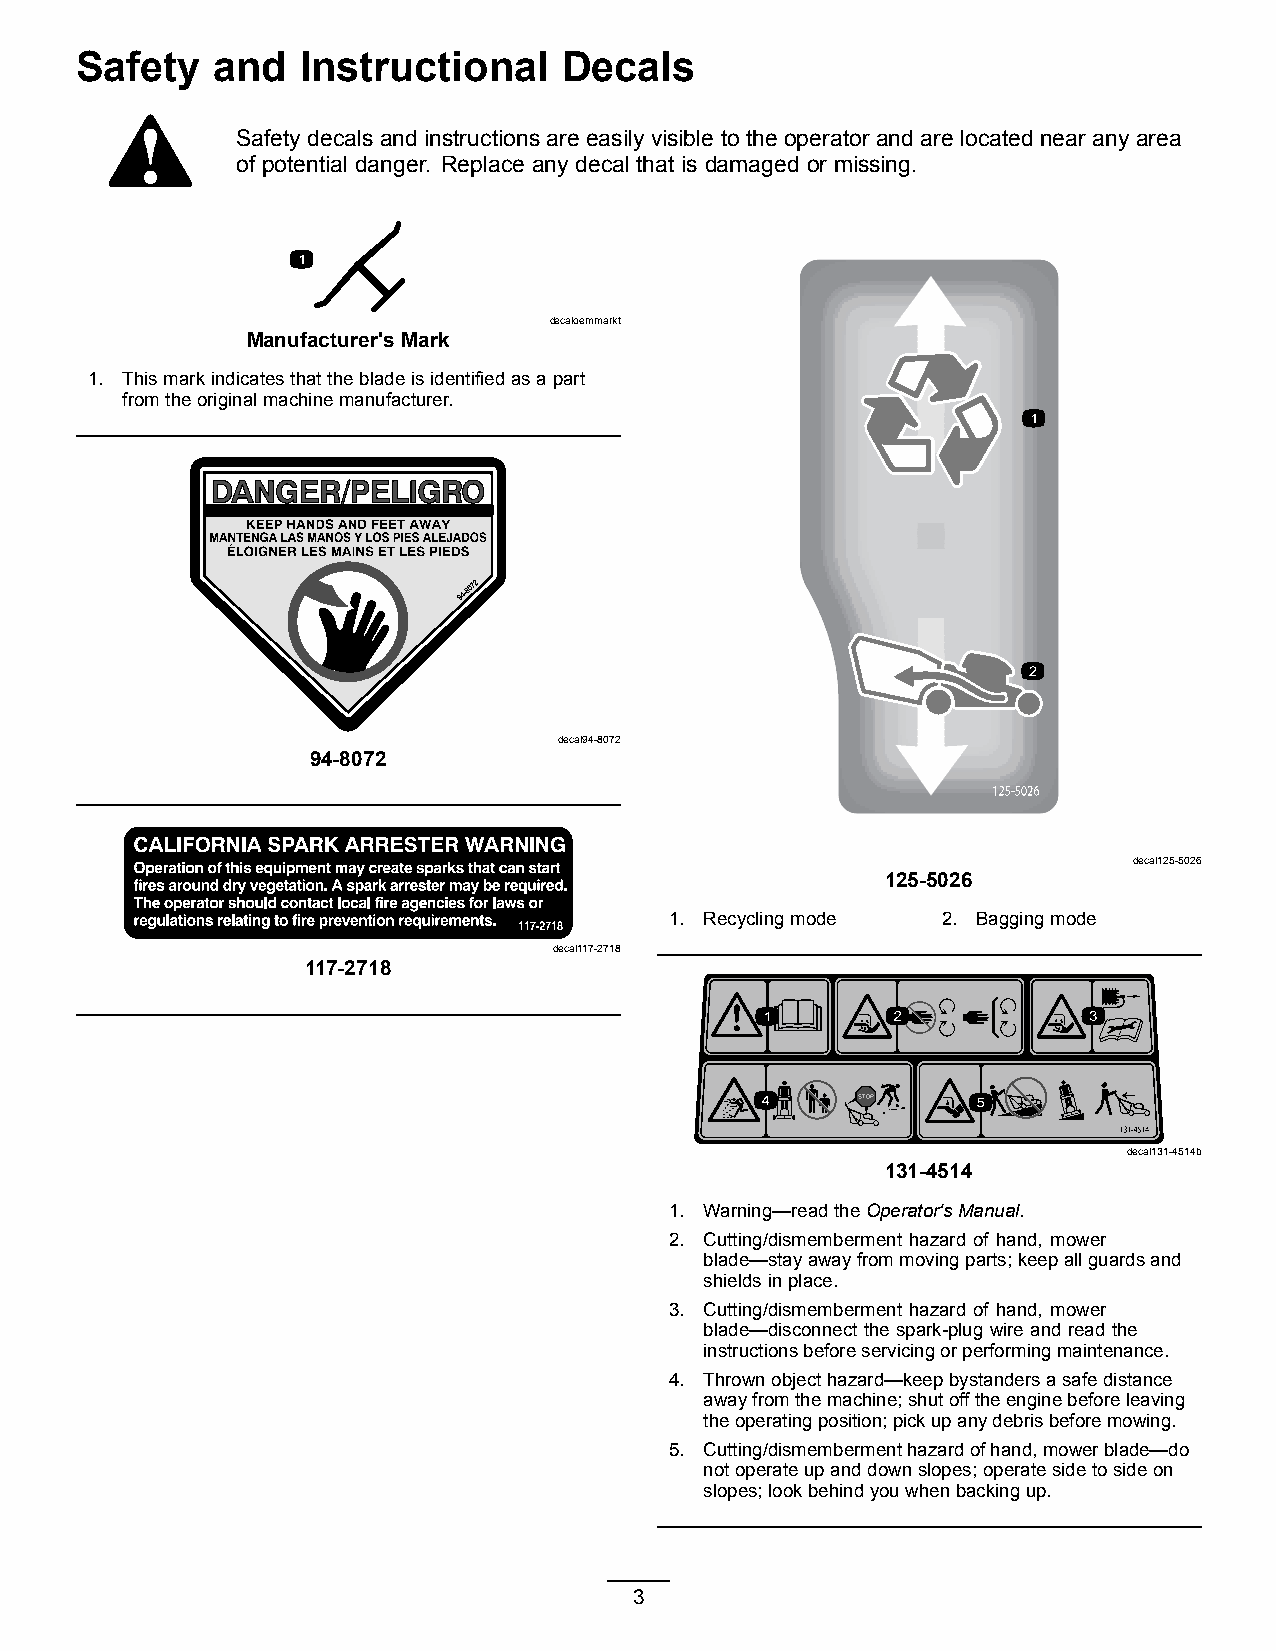
Safety   and   Instructional    Decals
 Safety decals and instructions are easily visible to the operator and are located near any area
 of potential danger. Replace any decal that is damaged or missing.
 decaloemmarkt
 Manufacturer's Mark
 1. Thismarkindicatesthatthebladeisidentifiedasapart
 fromtheoriginalmachinemanufacturer.
 decal94-8072
 94-8072
 decal125-5026
 125-5026
 1. Recyclingmode  2. Baggingmode
 decal117-2718
 117-2718
 decal131-4514b
 131-4514
 1. Warning—readtheOperator'sManual.
 2. Cutting/dismemberment hazard of hand, mower
 blade—stayawayfrommovingparts;keepallguardsand
 shieldsinplace.
 3. Cutting/dismemberment hazard of hand, mower
 blade—disconnect the spark-plug wire and read the
 instructionsbeforeservicingorperformingmaintenance.
 4. Thrownobjecthazard—keepbystandersasafedistance
 awayfromthemachine;shutofftheenginebeforeleaving
 theoperatingposition;pickupanydebrisbeforemowing.
 5. Cutting/dismembermenthazardofhand,mowerblade—do
 notoperateupanddownslopes;operatesidetosideon
 slopes;lookbehindyouwhenbackingup.
 3